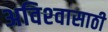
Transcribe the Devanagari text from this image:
अविश्‍वासाठी